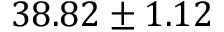
3 8 . 8 2 \pm 1 . 1 2